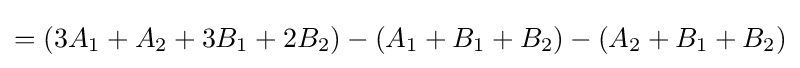
=(3A_{1}+A_{2}+3B_{1}+2B_{2})-(A_{1}+B_{1}+B_{2})-(A_{2}+B_{1}+B_{2})